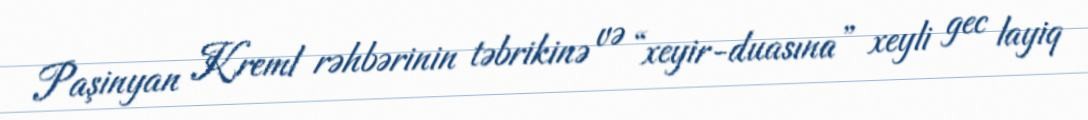
Paşinyan Kreml rəhbərinin təbrikinə və “xeyir-duasına” xeyli gec layiq